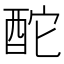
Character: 酡